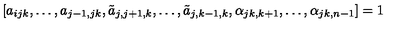
[ a _ { i j k } , \dots , a _ { j - 1 , j k } , \tilde { a } _ { j , j + 1 , k } , \dots , \tilde { a } _ { j , k - 1 , k } , \alpha _ { j k , k + 1 } , \dots , \alpha _ { j k , n - 1 } ] = 1